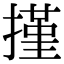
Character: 㨷